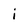
Character: i